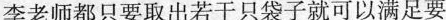
李老师都只要取出若干只袋子就可以满足要